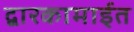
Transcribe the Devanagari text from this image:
द्वारकामाईत